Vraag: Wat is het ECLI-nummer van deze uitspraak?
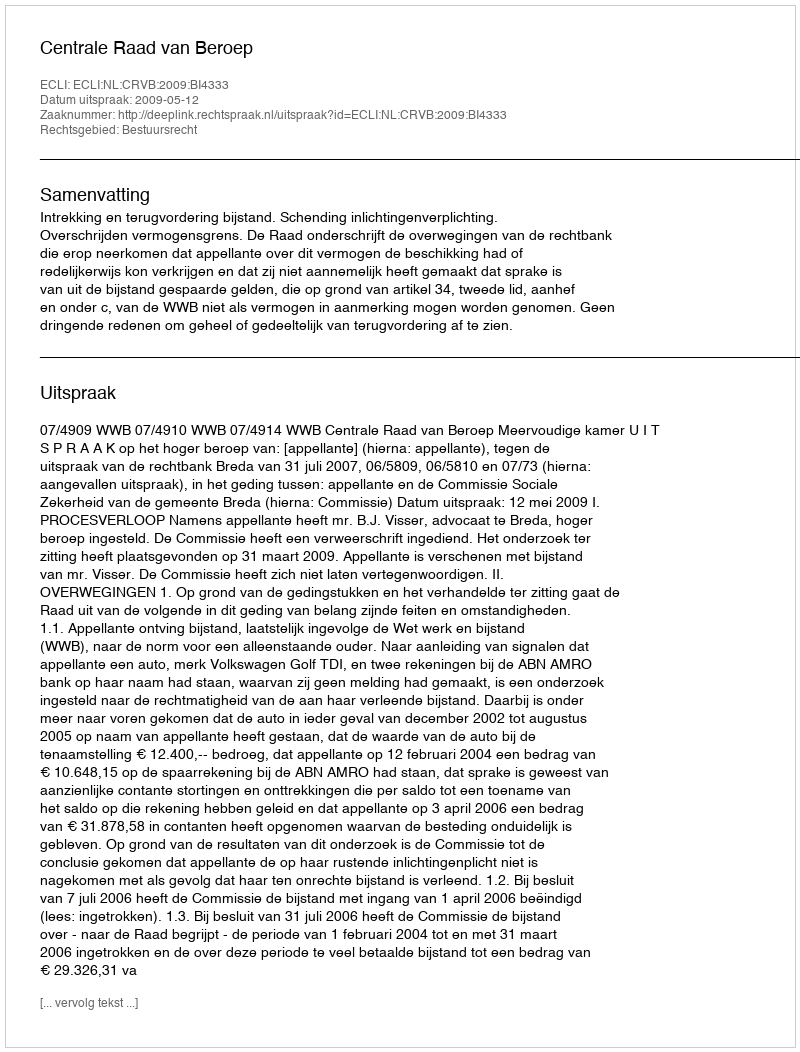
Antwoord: ECLI:NL:CRVB:2009:BI4333